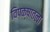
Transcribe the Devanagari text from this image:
विपक्षातला